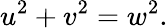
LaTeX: u^{2}+v^{2}=w^{2}.